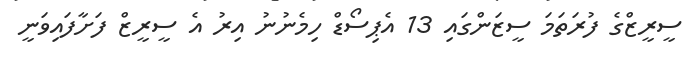
ސީރީޒްގެ ފުރަތަމަ ސީޒަންގައި 13 އެޕިސޯޑް ހިމެނުނު އިރު އެ ސީރީޒް ފަށާފައިވަނީ